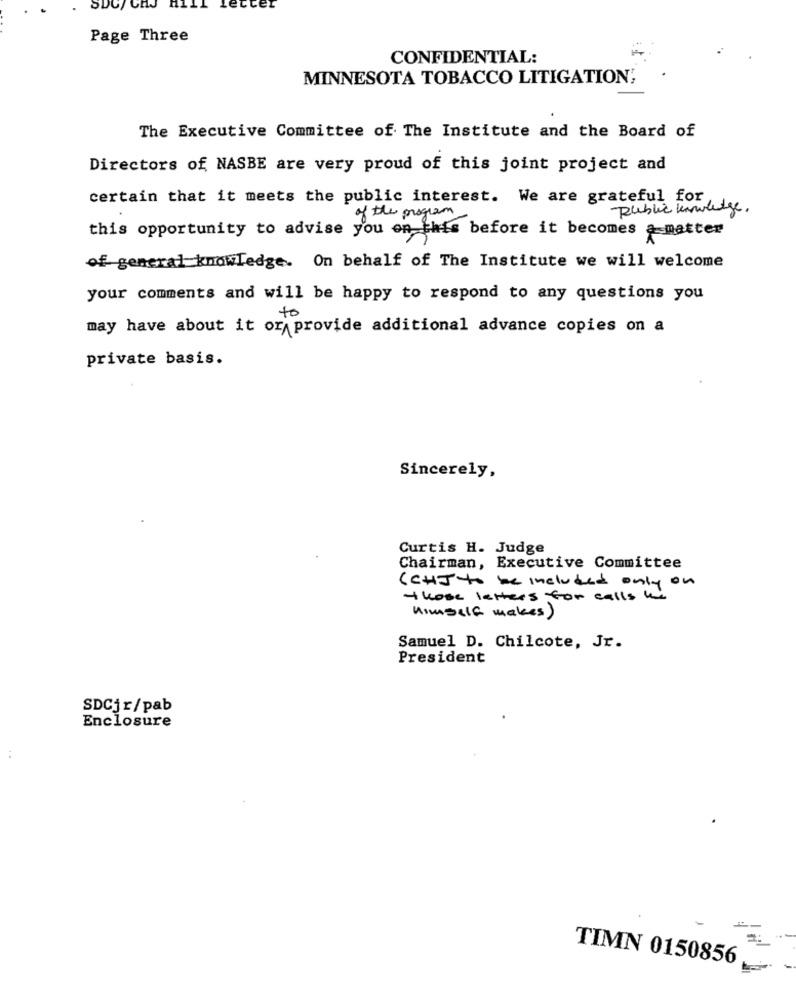
SDG/ CHJ
etter
Page Three
CONFIDENTIAL:
MINNESOTA TOBACCO LITIGATION;
The Executive Committee of The Institute and the Board of
Directors of NASBE are very proud of this joint project and
certain that it meets the public interest. We are grateful for
Public knowledge.
of the program
this opportunity to advise you on this before it becomes a matter
of general knowledge. On behalf of The Institute we will welcome
your comments and will be happy to respond to any questions you
may have about it or provide additional advance copies on a
private basis.
Sincerely,
Curtis H. Judge
Chairman, Executive Committee
(CHJ to be included only on
those letters for calls he
Himself makes)
Samuel D. Chilcote, Jr.
President
SDCjr/pab
Enclosure
TIMN 0150856